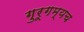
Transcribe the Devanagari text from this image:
गुरूगम्यच